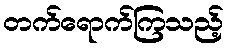
တက်ရောက်ကြသည့်